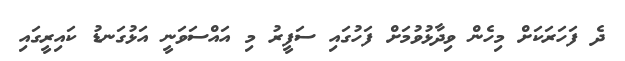
ދެ ފަހަރަކަށް މިހެން ވިދާޅުވުމަށް ފަހުގައި ސަފީރު މި އައްސަވަނީ އަޅުގަނޑު ކައިރީގައި